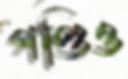
গণ্ডিও